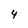
Character: 4